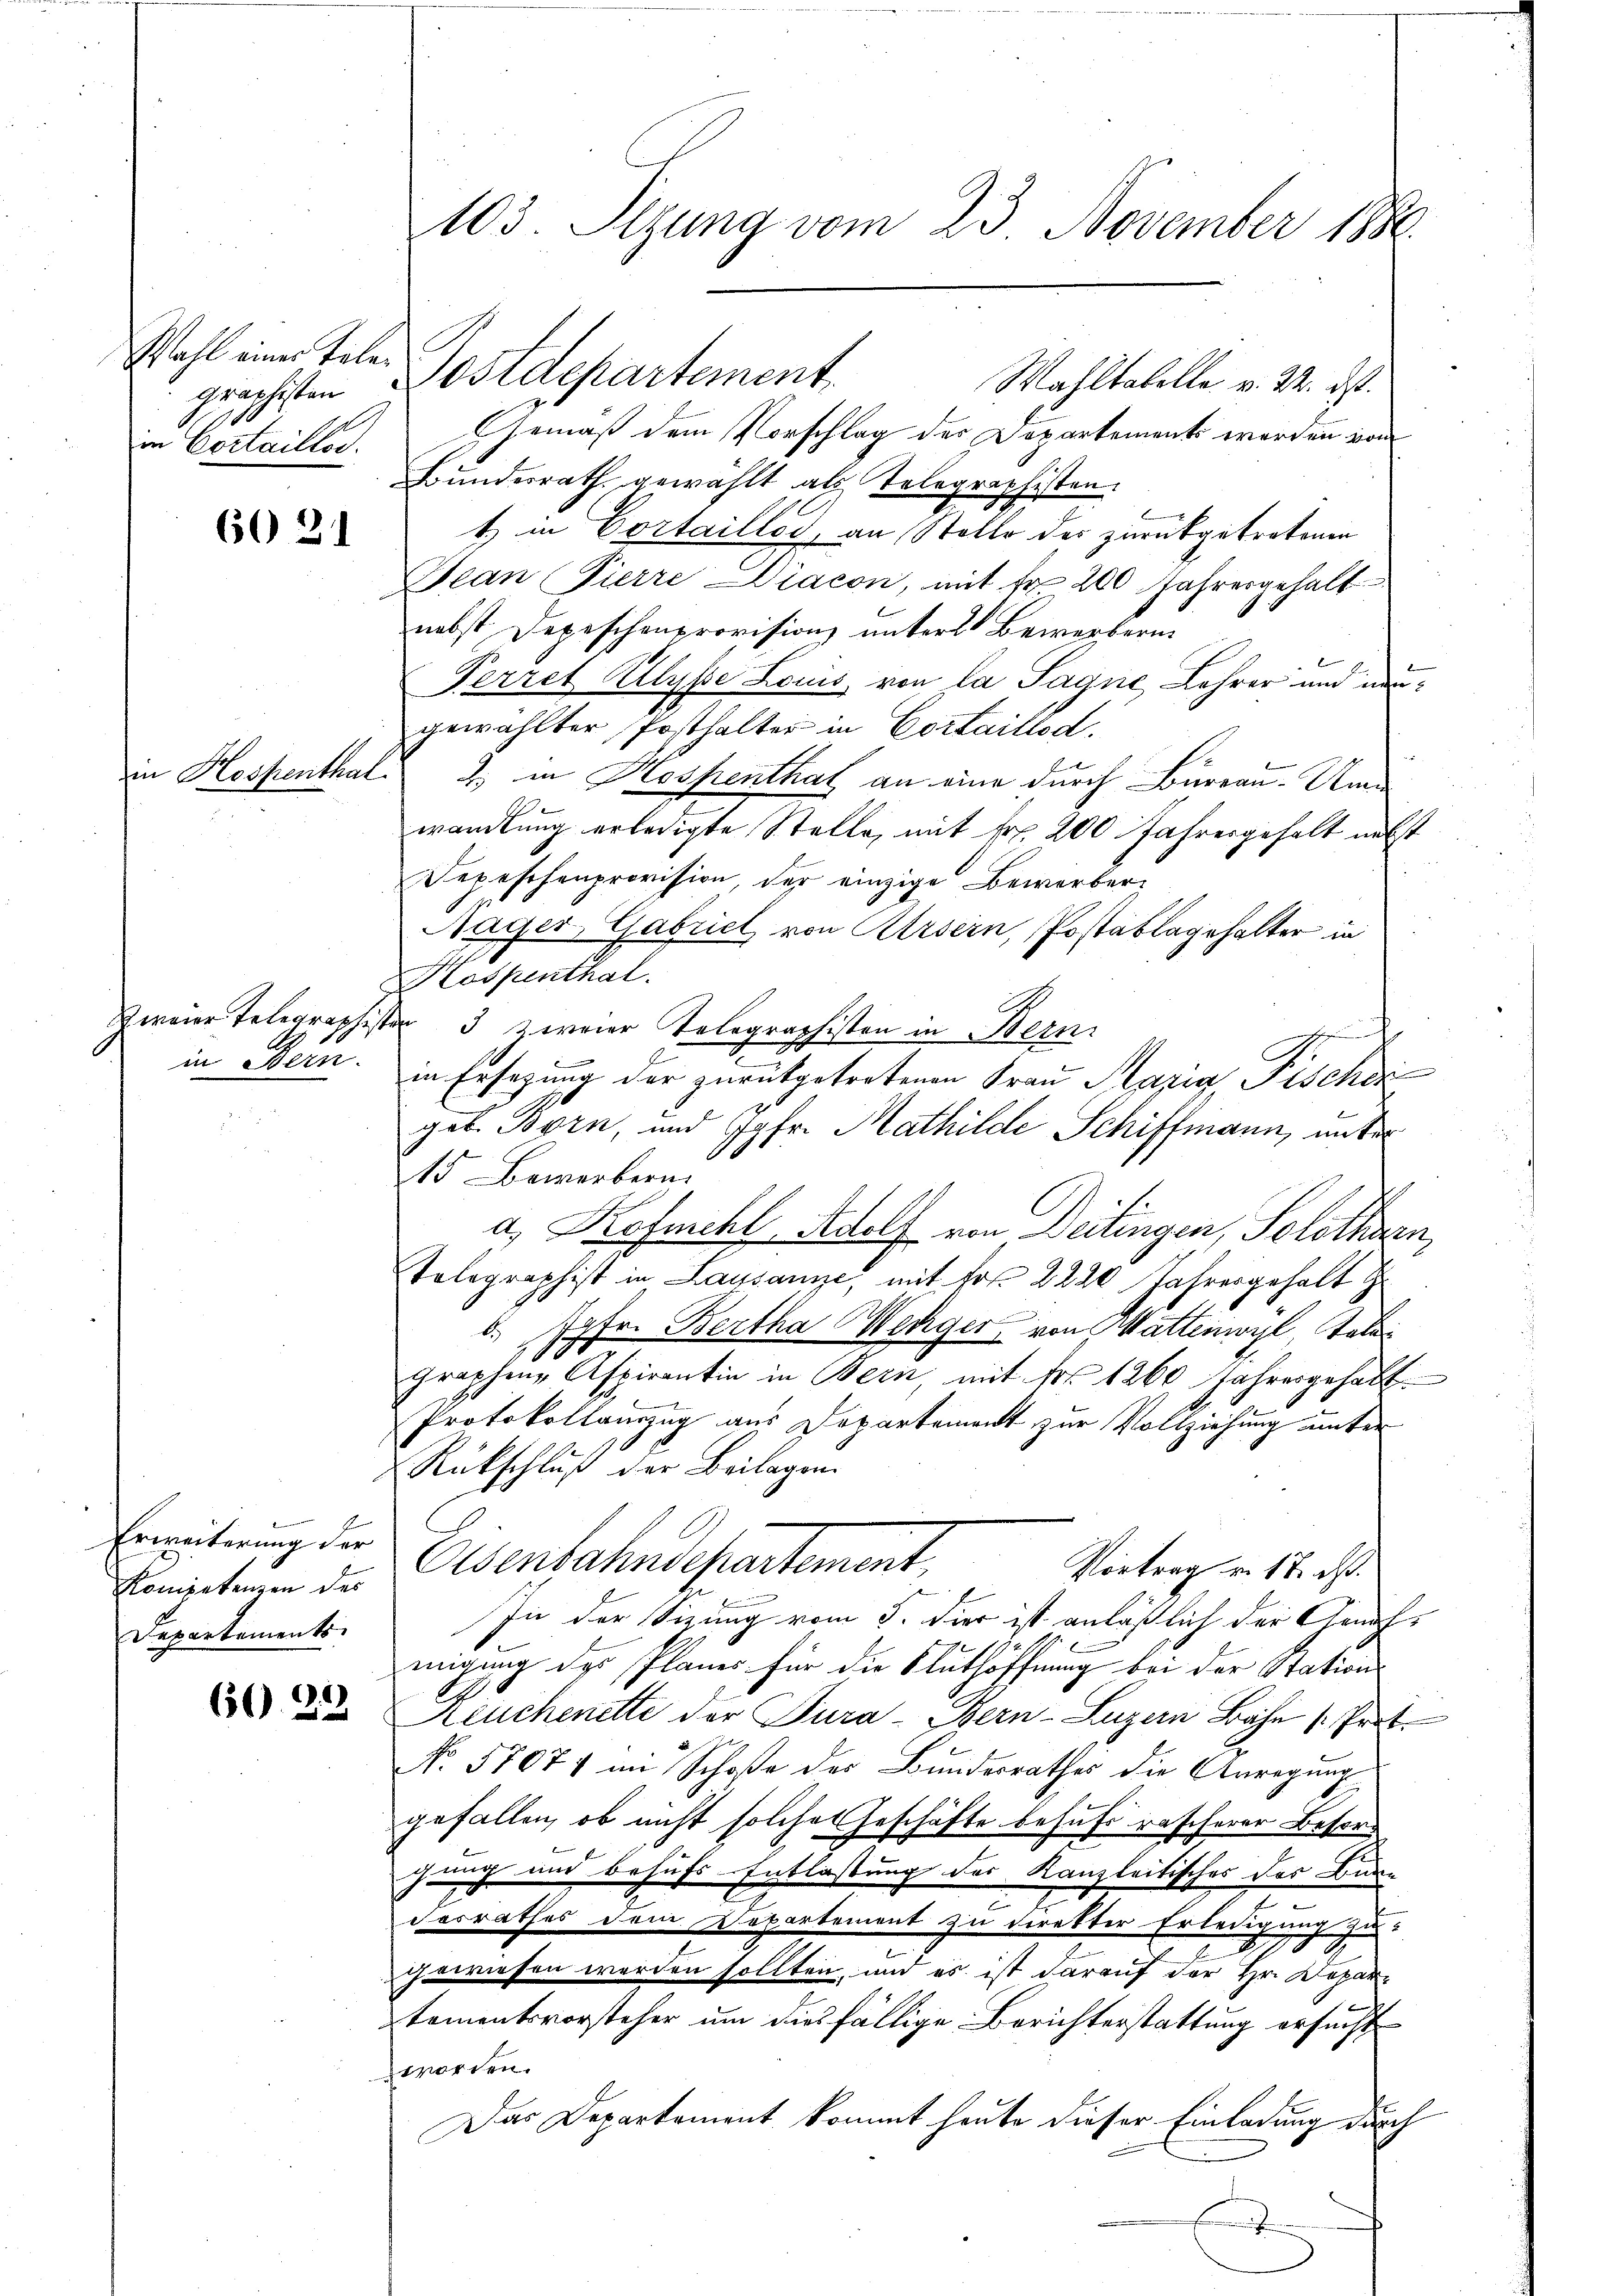
Wahl eines Telegraphisten
1.
in Cottailles.

60 21

in Bern.

Erweiterung der
Kompetenzen des
Departements

60. 23

103. Sizung vom 23. November 1880.

Gemäß dem Vorschlag des Departements werden von
Bundesrath gewählt als Telegraphisten.
t) in Cortaillod, an Stelle des zurükgetretenen
Jean Pierre Diacon, mit fr 200 Jahresgehalt
nebst Depeschenprovisions unter Bewerbern.
Ferret Illysse Louis, von la Sagne, Lehrer und neugewählter Posthalter in Cortaillod.
Hospenthal. 2. in Hospenthat an eine durch Bureau. Und
wandlung erledigte Stelle, mit Fr. 200 Jahresgehalt nechst
Depeschenprovision, der einzige Bewerber
.
Rager, Gabriet von Arsein, Postablagehalter in
Kospenthal.
zweier Telegraphister 3 zweier Telegraphisten in Bern
in Ersatzung der zurükgetretenen Frau Maria Fischeigot. Born, und Jgfr. Mathilde Schiffmann, unter
15 Bewerbern.
a. Kofmschl Adolf von Deitingen, Solothurn,
Telegraphist in Lausanne, mit Fr. 2220 Jahresgehalt Z
Jgfr. Bertha Weniger von Wattenwyl, Toler
.
graphene Aspirantin in Bern, mit Fr. 1260 Jahresgehabt.
Protokollauszug aus Departement zur Vollziehung unter
Rückschluß der Beilagen
Eisenbahndepartement,
Vortrag v. 17. ds.
In der Sizung vom 5. Dier ist anläßlich der Genehmigung des Planes für die Authöffnung bei der Station
Leuchenette der Tura-Bern-Luzern Bahn (Trat.
No 57074 im Schoße der Bundesrathes die Anregung
gefallen, ob nicht solche Geschäfte behufs rascherer Besorg
jauch und behufs Entlassung des Kanzleitisches des Bun-
2
Ferrathes dem Departement zu direkter Erledigung zu
gewiesen werden sollten, und es ist darauf der Hr. Departementsvorsteher um diesfällige Berichterstattung ersucht
zworden.
Das Departement kommt heute dieser Einladung durch
f

Postdepartement.
Wahltabelle v. 24. ds.